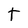
Character: t